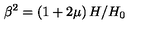
\beta ^ { 2 } = \left( 1 + 2 \mu \right) H / H _ { 0 }